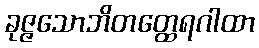
ခုဇ္ဇသောဘိတတ္ထေရဂါထာ